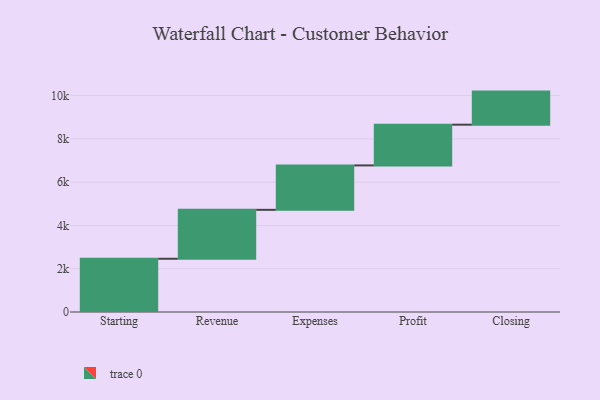
{"axis": {"x": "Step", "y": "Value"}, "legend": [""], "data": [{"x": "Starting", "y": 2461.0, "type": ""}, {"x": "Revenue", "y": 2261.0, "type": ""}, {"x": "Expenses", "y": 2053.0, "type": ""}, {"x": "Profit", "y": 1882.0, "type": ""}, {"x": "Closing", "y": 1529.0, "type": ""}]}